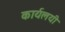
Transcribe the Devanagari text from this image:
कार्यलयी